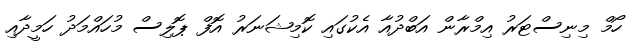
ހޯމް މިނިސްޓަރު އިމްރާން އަބްދުއާ އެކުގައި ކޮމިޝަނަރު އޮފް ޕޮލިސް މުހައްމަދު ހަމީދާއި